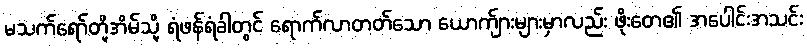
မသက်ရော်တို့အိမ်သို့ ရံဖန်ရံခါတွင် ရောက်လာတတ်သော ယောက်ျားများမှာလည်း ဖိုးတေ၏ အပေါင်းအသင်း